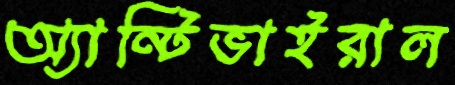
অ্যান্টিভাইরাল